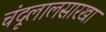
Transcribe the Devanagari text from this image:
चंदूलालसारखा